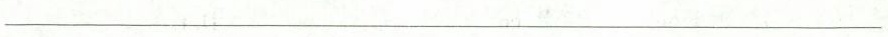
___________